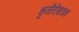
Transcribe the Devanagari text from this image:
चुनौतीबाचक